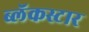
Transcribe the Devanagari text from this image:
ब्लॅकस्टार